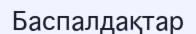
Баспалдақтар